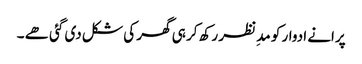
پرانے ادوار کو مدِ نظر رکھ کر ہی گھر کی شکل دی گئی ھے ۔